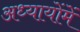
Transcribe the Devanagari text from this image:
अध्यायोंमें